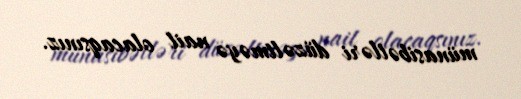
münasibətləri düzəltməyə nail olacaqsınız.